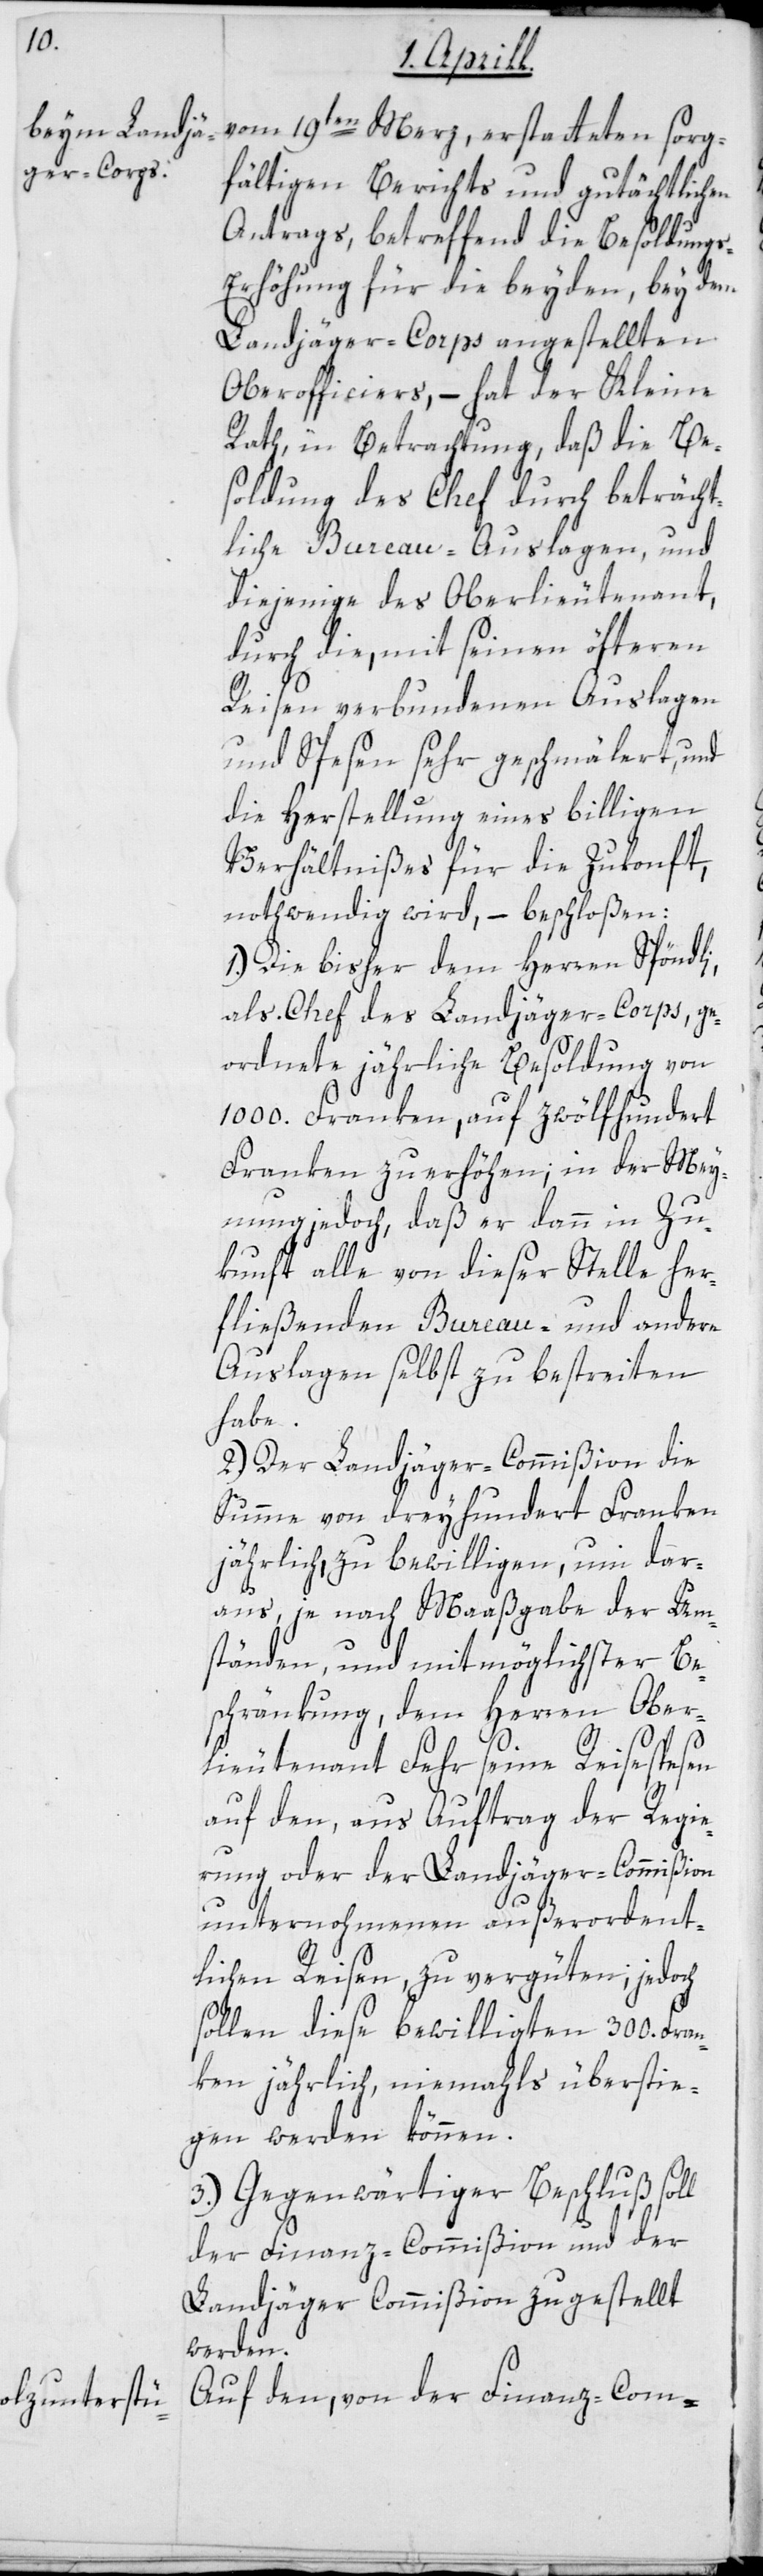
sor¬
gfältigen Berichts und gutächtlichen
Antrags, betreffend die Besoldung¬
s-Erhöhung für die beyden, bey dem
Landjäger-Corps angestellten
Oberofficiers, – hat der Kleine
Rath, in Betrachtung, daß die Be¬
soldung des Chef durch beträcht¬
liche Bureau-Auslagen, und
diejenige des Oberlieutenant,
durch die, mit seinen öfteren
Reisen verbundenen Auslagen
und Spesen sehr geschmälert, und
die Herstellung eines billigen
Verhältnißes für die Zukonft,
nothwendig wird, – beschloßen:
1.) Die bisher dem Herren Spöndli,
als Chef des Landjäger-Corps, ge¬
ordnete jährliche Besoldung von
1000. Franken, auf zwölfhundert
Franken zu erhöhen; in der Mey¬
nung jedoch, daß er dann in Zu¬
konft alle von dieser Stelle her¬
fließenden Bureau- und andere
Auslagen selbst zu bestreiten
habe.
2.) Der Landjäger-Commißion die
Summe von dreyhundert Franken
jährlich, zu bewilligen, um dar¬
aus, je nach Maaßgabe der Um¬
ständen, und mit möglichster Be¬
schränkung, dem Herren Ober¬
lieutenant Fehr seine Reisespesen
auf den, aus Auftrag der Regie¬
rung oder der Landjäger-Commißion
unternohmenen außerordent¬
lichen Reisen zu vergüten; jedoch
sollen diese bewilligten 300. Fran¬
ken jährlich, niemals überstie¬
gen werden können.
3.) Gegenwärtiger Beschluß soll
der Finanz-Commißion und der
Landjäger-Commißion zugestellt
werden.
Auf den, von der Finanz-Com-